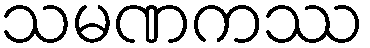
သမဏကဿ